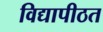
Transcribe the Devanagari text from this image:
विद्यापीठत